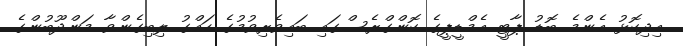
އިދިކޮޅު އެންމެ ބޮޑު ޕާޓީ އެމްޑީޕީގެ ކޮންގްރެސްގައި ބައިވެރިވުމުގެ ހައްގު ލިބިގެންވާ މަންދޫބުންގެ